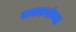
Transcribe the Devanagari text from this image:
रायकरांच्या